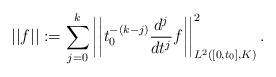
LaTeX: \begin{align*} ||f|| := \sum_{j=0}^k\left|\left|t_0^{-(k-j)} \frac{d^j}{dt^j} f \right|\right|_{L^2([0,t_0],K)}^2.\end{align*}